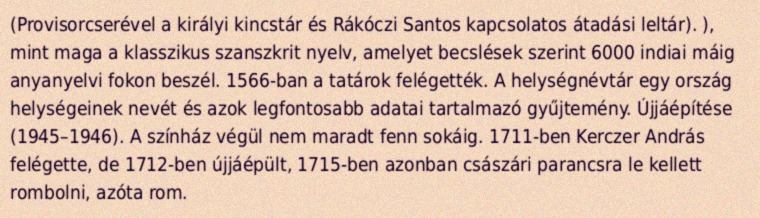
(Provisorcserével a királyi kincstár és Rákóczi Santos kapcsolatos átadási leltár). ), mint maga a klasszikus szanszkrit nyelv, amelyet becslések szerint 6000 indiai máig anyanyelvi fokon beszél. 1566-ban a tatárok felégették. A helységnévtár egy ország helységeinek nevét és azok legfontosabb adatai tartalmazó gyűjtemény. Újjáépítése (1945–1946). A színház végül nem maradt fenn sokáig. 1711-ben Kerczer András felégette, de 1712-ben újjáépült, 1715-ben azonban császári parancsra le kellett rombolni, azóta rom.